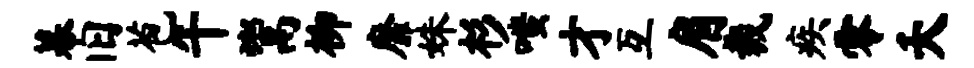
幕旧苞午鬻柳靡姝杉嗤才互肩裁疾零夭